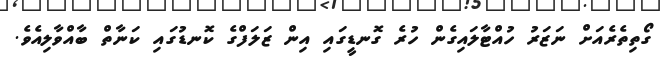
ގޯތިތެރެއަށް ނަޒަރު ހުއްޓާލައިގެން ހުރެ ގޮނޑީގައި އިން ޒަލަފްގެ ކޮނޑުގައި ކަނާތް ބާއްވާލިއެވެ.